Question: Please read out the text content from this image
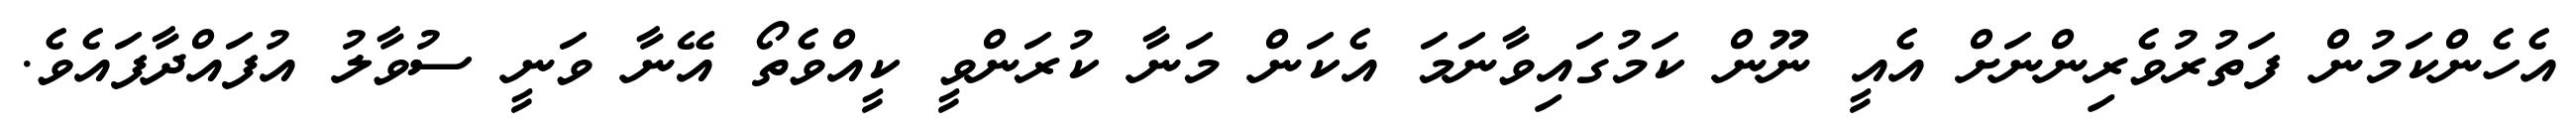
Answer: އެހެންކަމުން ފަތުރުވެރިންނަށް އެއީ ނޫން ކަމުގައިވާނަމަ އެކަން މަނާ ކުރަންވީ ކީއްވެތޯ އޭނާ ވަނީ ސުވާލު އުފައްދާފައެވެ.